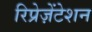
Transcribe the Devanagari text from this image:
रिप्रेज़ेंटेशन